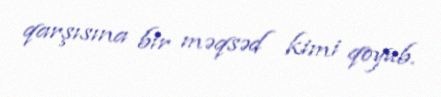
qarşısına bir məqsəd kimi qoyub.